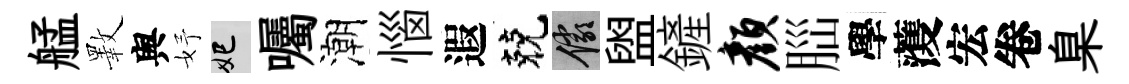
艋斁舆妤妃囑潮惱遐兢儼盥鏟颜𦛁學𮑮宏卷臬